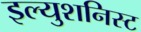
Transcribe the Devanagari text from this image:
इल्युशनिस्ट